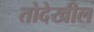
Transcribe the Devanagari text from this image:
तोदेखील